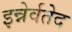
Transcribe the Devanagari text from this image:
इन्नेर्वतेद